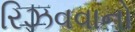
રિઝવવાનો